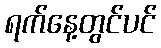
ရက်နေ့တွင်ပင်